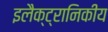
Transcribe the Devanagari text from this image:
इलैक्ट्रानिकीय